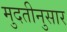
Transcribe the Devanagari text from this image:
मुदतीनुसार